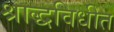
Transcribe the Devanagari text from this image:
श्राद्धविधीत